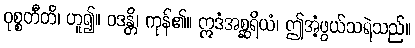
ဝုစ္စတီတိ၊ ဟူ၍။ ဝဒန္တိ၊ ကုန်၏။ ဣဒံအစ္ဆရိယံ၊ ဤအံ့ဖွယ်သရဲသည်။